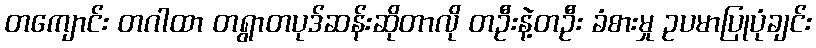
တကျောင်း တဂါထာ တရွာတပုဒ်ဆန်းဆိုတာလို တဦးနဲ့တဦး ခံစားမှု ဥပမာပြုပုံချင်း